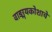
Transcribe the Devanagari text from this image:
वाङ्मयकोशाचे